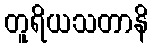
တူရိယသတာနိ